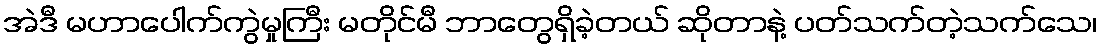
အဲဒီ မဟာပေါက်ကွဲမှုကြီး မတိုင်မီ ဘာတွေရှိခဲ့တယ် ဆိုတာနဲ့ ပတ်သက်တဲ့သက်သေ၊